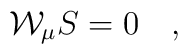
{\cal W}_\mu S = 0 \quad ,